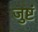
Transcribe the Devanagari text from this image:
जुष्टं